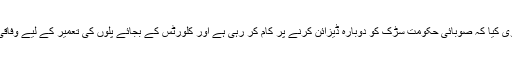
وزیراعلیٰ بلوچستان نے ایک اجلاس میں یہ دعوی کیا کہ صوبائی حکومت سڑک کو دوبارہ ڈیزائن کرنے پر کام کر رہی ہے اور کلورٹس کے بجائے پُلوں کی تعمیر کے لیے وفاقی حکومت کو تجویز بھی ارسال کردی گئی ہے۔